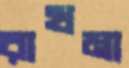
রাখমা